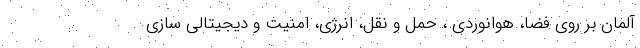
آلمان بر روی فضا، هوانوردی ، حمل و نقل، انرژی، امنیت و دیجیتالی سازی